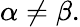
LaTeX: \alpha\neq\beta.